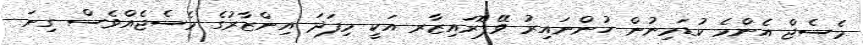
މެސެޖް އެންމެ ކުޑަމިނުން ހުންނައިރު ވޭޕޮރައިޒާރ އަކީ މިފަދަ އިންޒާރުގެ މެސެޖެއްވެސް ގިނަ